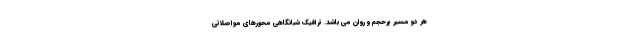
هر دو مسیر پرحجم و روان می باشد. ترافیک شبانگاهی محورهای مواصلاتی